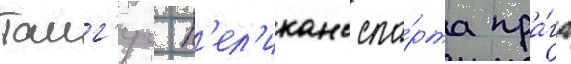
таиг'ерс п'ел'иканс спа́рта пра́га